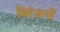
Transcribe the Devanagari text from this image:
विरंजनों